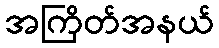
အကြိတ်အနယ်